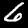
Label: 6